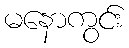
မနောကွင်း